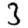
Digit: 3